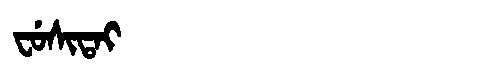
Manchu: ᠸᡠᠰᡳᡨᠠᡳ
Romanization: FUSITAI